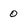
Character: 0